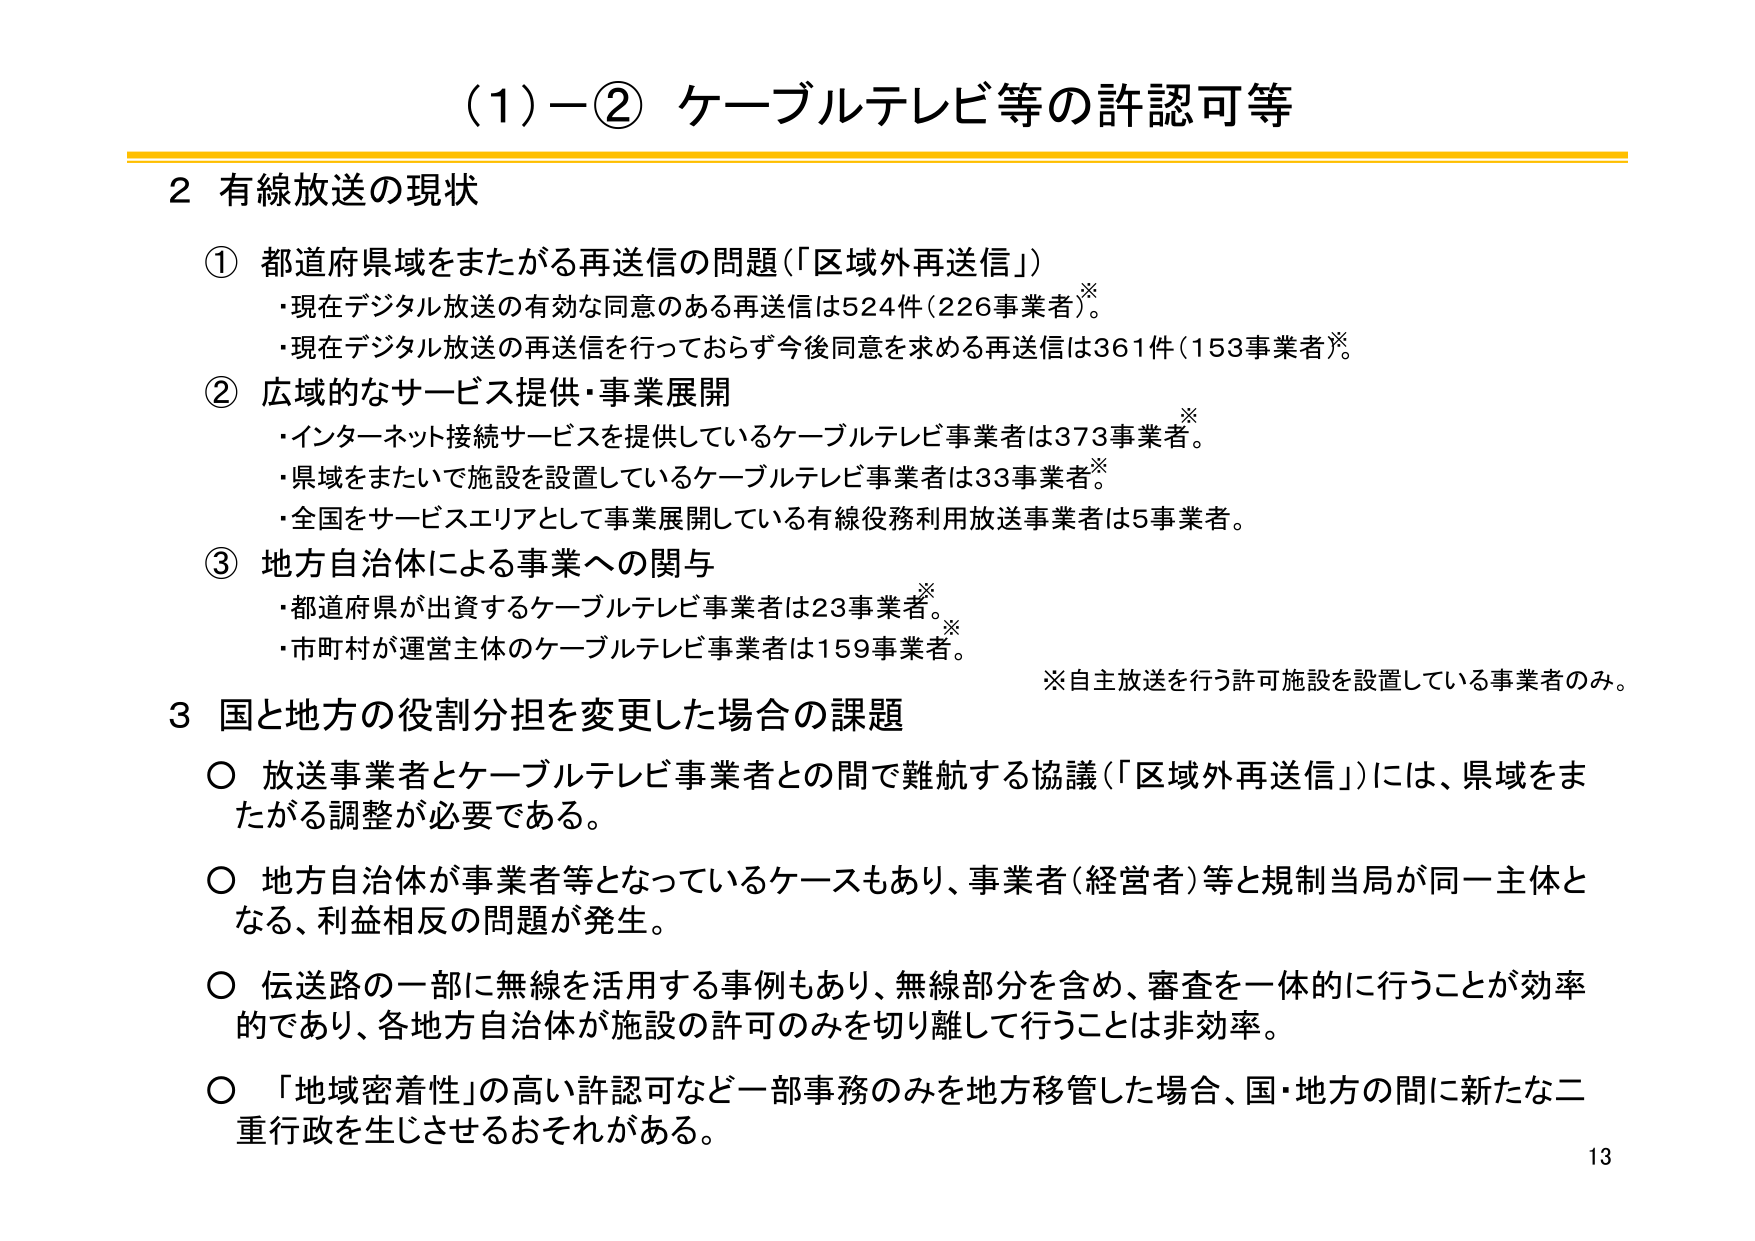
（1）－② ケーブルテレビ等の許認可等

2 有線放送の現状

① 都道府県域をまたがる再送信の問題（「区域外再送信」）
・現在デジタル放送の有効な同意のある再送信は524件（226事業者）※。
・現在デジタル放送の再送信を行っておらず今後同意を求める再送信は361件（153事業者）※。

② 広域的なサービス提供・事業展開
・インターネット接続サービスを提供しているケーブルテレビ事業者は373事業者※。
・県域をまたいで施設を設置しているケーブルテレビ事業者は33事業者※。
・全国をサービスエリアとして事業展開している有線役務利用放送事業者は5事業者。

③ 地方自治体による事業への関与
・都道府県が出資するケーブルテレビ事業者は23事業者※。
・市町村が運営主体のケーブルテレビ事業者は159事業者※。

※自主放送を行う許可施設を設置している事業者のみ。

3 国と地方の役割分担を変更した場合の課題

○ 放送事業者とケーブルテレビ事業者との間で難航する協議（「区域外再送信」）には、県域をまたがる調整が必要である。

○ 地方自治体が事業者等となっているケースもあり、事業者（経営者）等と規制当局が同一主体となる、利益相反の問題が発生。

○ 伝送路の一部に無線を活用する事例もあり、無線部分を含め、審査を一体的に行うことが効率的であり、各地方自治体が施設の許可のみを切り離して行うことは非効率。

○ 「地域密着性」の高い許認可など一部事務のみを地方移管した場合、国・地方の間に新たな二重行政を生じさせるおそれがある。

13